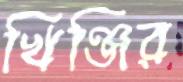
খিঞ্জির